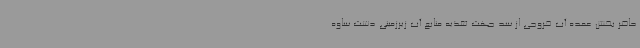
حاضر بخش عمده آب خروجی از سد جهت تغذیه منابع آب زیرزمینی دشت ساوه